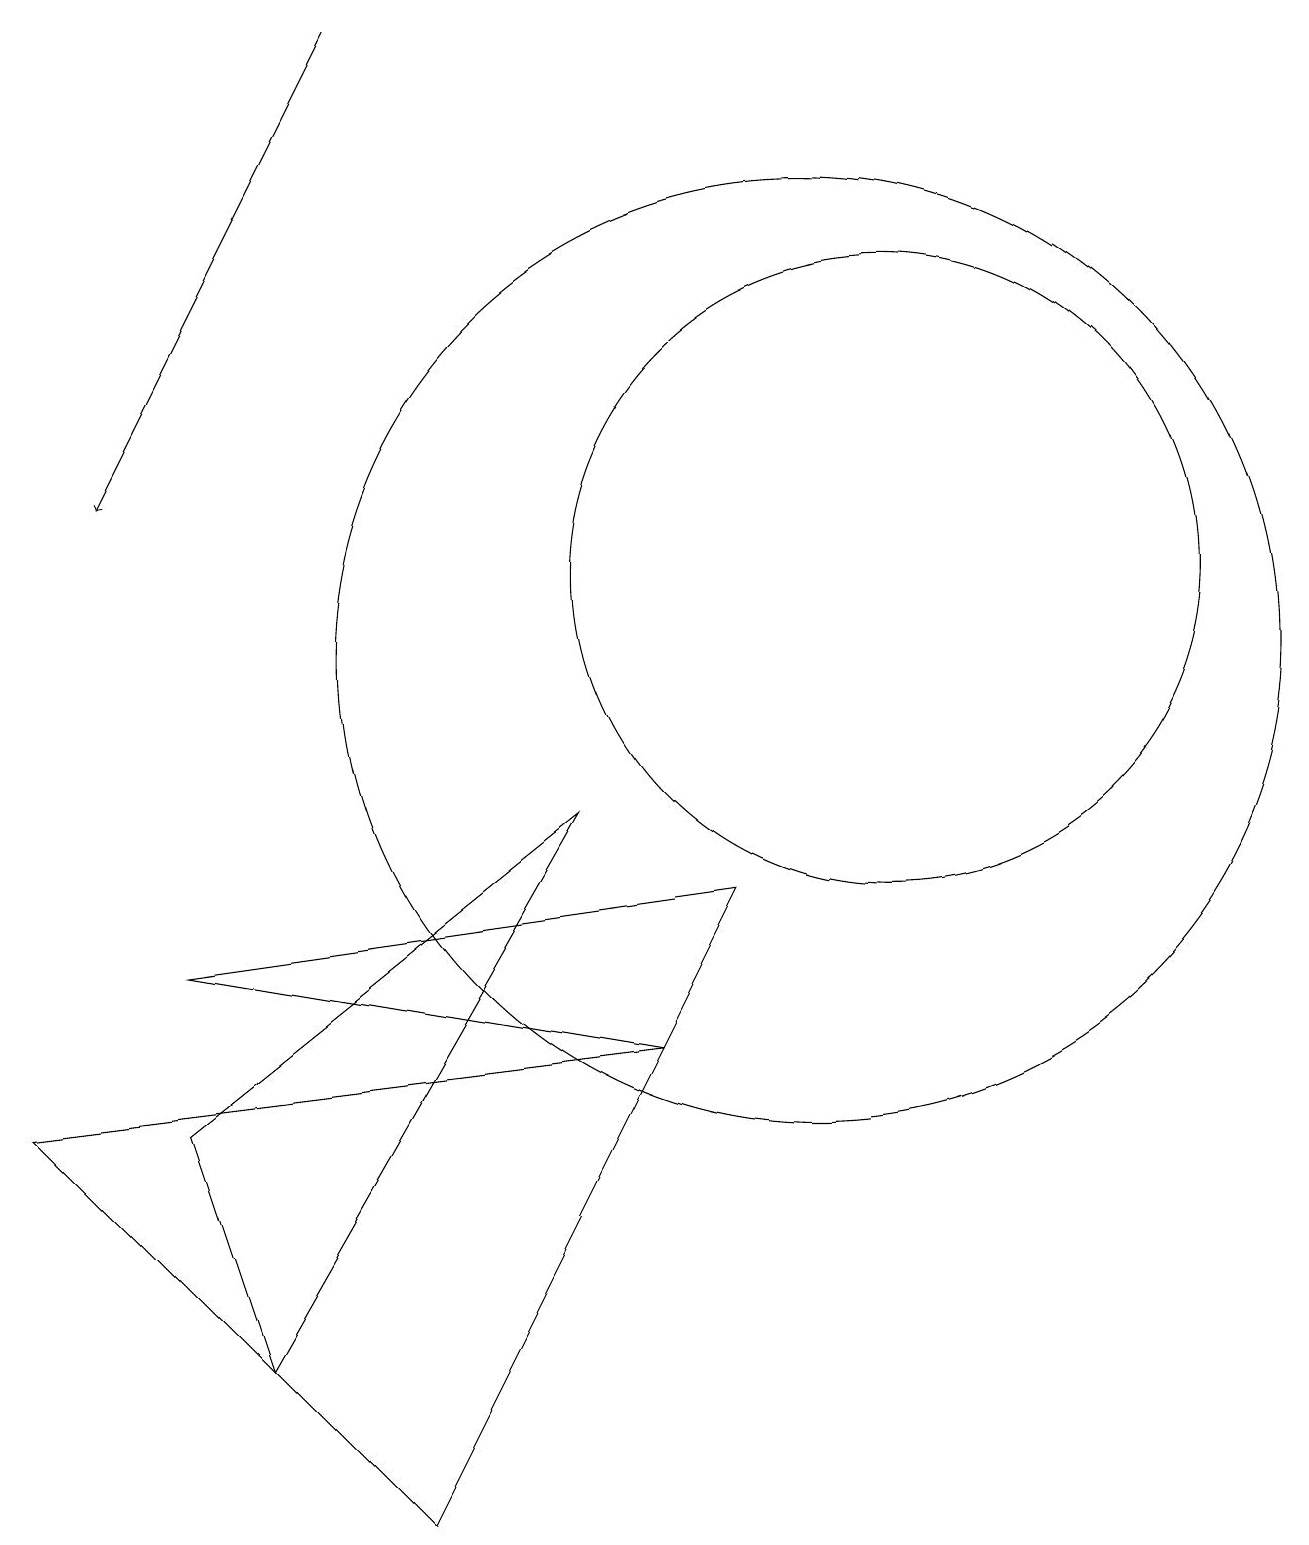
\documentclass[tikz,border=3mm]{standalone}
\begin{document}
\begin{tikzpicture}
\draw (8,6) -- (0,5) -- (5,0) -- cycle;
\draw (11,12) circle (4);
\draw (2,7) -- (9,8) -- (8,6) -- cycle;
\draw[->] (4,19) -- (1,13);
\draw (7,9) -- (3,2) -- (2,5) -- cycle;
\draw (10,11) circle (6);
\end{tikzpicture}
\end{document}